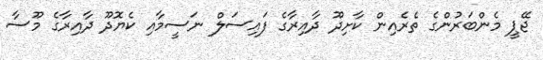
ޖޭޕީ މެންބަރުންގެ ތެރެއިން ކާށިދޫ ދާއިރާގެ ފައިސަލް ނަސީމާއި ކެޔޮދޫ ދާއިރާގެ މޫސާ